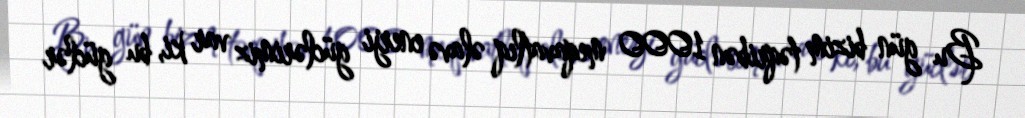
Bu gün bizim təqribən 1000 meqavatlıq əlavə enerji güclərimiz var ki, bu güclər